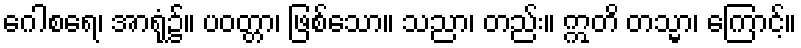
ဂေါစရေ၊ အာရုံ၌။ ပဝတ္တာ၊ ဖြစ်သော။ သညာ၊ တည်း။ ဣတိ တသ္မာ၊ ကြောင့်။